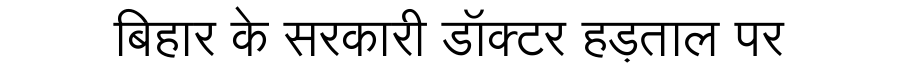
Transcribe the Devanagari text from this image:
बिहार के सरकारी डॉक्टर हड़ताल पर